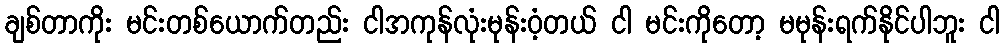
ချစ်တာကိုး မင်းတစ်ယောက်တည်း ငါအကုန်လုံးမုန်းဝံ့တယ် ငါ မင်းကိုတော့ မမုန်းရက်နိုင်ပါဘူး ငါ